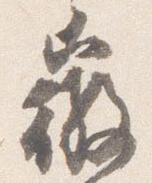
微